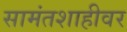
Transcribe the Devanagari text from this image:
सामंतशाहीवर